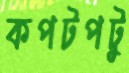
কপটপটু